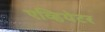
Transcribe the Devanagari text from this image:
एव्हियेटर